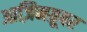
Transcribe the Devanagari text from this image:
आज़िनग्रूबर